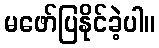
မဖော်ပြနိုင်ခဲ့ပါ။